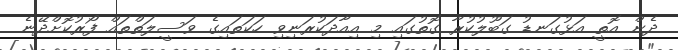
ދެން އޮތީ އަޅުގަނޑު ގަބޫލުކުރާ ގޮތުގައި މި އިއާދަކުރަނިވި ހަކަތައިގެ ވަސީލަތްތައް ފޯރުކޮށްދޭނެ